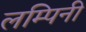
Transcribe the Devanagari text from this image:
लम्पिनी